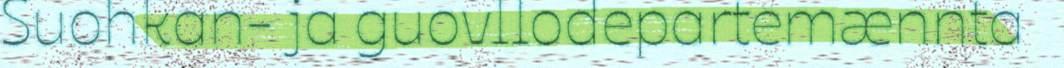
Suohkan- ja guovllodepartemænnta